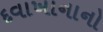
દવાખાનાનો